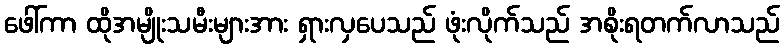
ဖေါ်ကာ ထိုအမျိုးသမီးများအား ရှားလှပေသည် ဖုံးလိုက်သည် အစိုးရတက်လာသည်